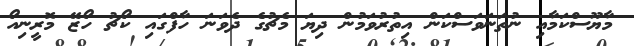
މާޔޫސްކަމާއި ނުތަނަވަސްކަން އިތުރުވަމުން ދިޔަ މެޗުގެ ދެވަނަ ހާފްގައި ކޯޗު ހޯޒޭ މޮރީނިއޯ